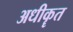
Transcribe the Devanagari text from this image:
अधीकॄत